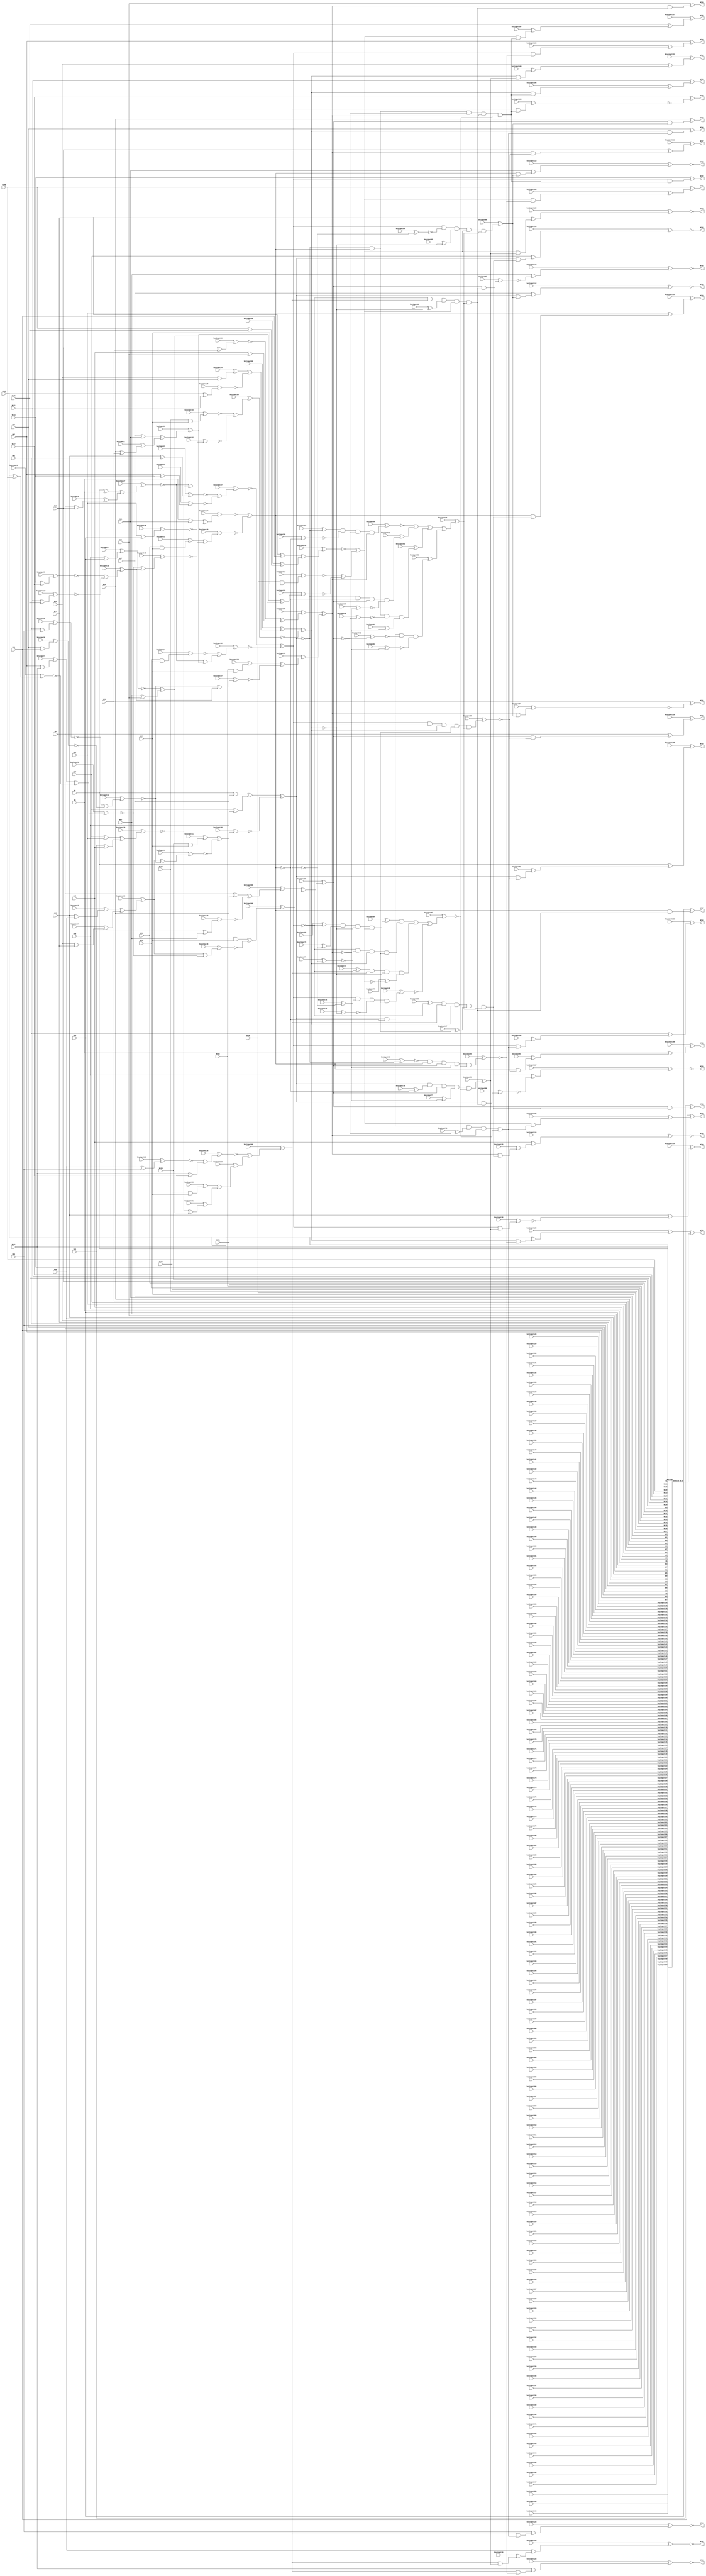
`timescale 1ns / 1ps
// Verilog
// c499
// Ninputs 41
// Noutputs 32
// NtotalGates 202
// XOR2 104
// AND2 40
// NOT1 40
// AND4 8
// OR4 2
// AND5 8

module top (N1,N5,N9,N13,N17,N21,N25,N29,N33,N37,
             N41,N45,N49,N53,N57,N61,N65,N69,N73,N77,
             N81,N85,N89,N93,N97,N101,N105,N109,N113,N117,
             N121,N125,N129,N130,N131,N132,N133,N134,N135,N136,
             N137,N724,N725,N726,N727,N728,N729,N730,N731,N732,
             N733,N734,N735,N736,N737,N738,N739,N740,N741,N742,
             N743,N744,N745,N746,N747,N748,N749,N750,N751,N752,
                  N753,N754,N755,
        keyinput0, keyinput1, keyinput2, keyinput3, keyinput4,
        keyinput5, keyinput6, keyinput7, keyinput8, keyinput9,
        keyinput10, keyinput11, keyinput12, keyinput13, keyinput14,
        keyinput15, keyinput16, keyinput17, keyinput18, keyinput19,
        keyinput20, keyinput21, keyinput22, keyinput23, keyinput24,
        keyinput25, keyinput26, keyinput27, keyinput28, keyinput29,
        keyinput30, keyinput31, keyinput32, keyinput33, keyinput34,
        keyinput35, keyinput36, keyinput37, keyinput38, keyinput39,
        keyinput40, keyinput41, keyinput42, keyinput43, keyinput44,
        keyinput45, keyinput46, keyinput47, keyinput48, keyinput49,
        keyinput50, keyinput51, keyinput52, keyinput53, keyinput54,
        keyinput55, keyinput56, keyinput57, keyinput58, keyinput59,
        keyinput60, keyinput61, keyinput62, keyinput63, keyinput64,
        keyinput65, keyinput66, keyinput67, keyinput68, keyinput69,
        keyinput70, keyinput71, keyinput72, keyinput73, keyinput74,
        keyinput75, keyinput76, keyinput77, keyinput78, keyinput79,
        keyinput80, keyinput81, keyinput82, keyinput83, keyinput84,
        keyinput85, keyinput86, keyinput87, keyinput88, keyinput89,
        keyinput90, keyinput91, keyinput92, keyinput93, keyinput94,
        keyinput95, keyinput96, keyinput97, keyinput98, keyinput99,
        keyinput100, keyinput101, keyinput102, keyinput103, keyinput104,
        keyinput105, keyinput106, keyinput107, keyinput108, keyinput109,
        keyinput110, keyinput111, keyinput112, keyinput113, keyinput114,
        keyinput115, keyinput116, keyinput117, keyinput118, keyinput119,
        keyinput120, keyinput121, keyinput122, keyinput123, keyinput124,
                  keyinput125, keyinput126, keyinput127,
        keyinput128, keyinput129, keyinput130, keyinput131, keyinput132,
        keyinput133, keyinput134, keyinput135, keyinput136, keyinput137,
        keyinput138, keyinput139, keyinput140, keyinput141, keyinput142,
        keyinput143, keyinput144, keyinput145, keyinput146, keyinput147,
        keyinput148, keyinput149, keyinput150, keyinput151, keyinput152,
        keyinput153, keyinput154, keyinput155, keyinput156, keyinput157,
        keyinput158, keyinput159, keyinput160, keyinput161, keyinput162,
        keyinput163, keyinput164, keyinput165, keyinput166, keyinput167,
        keyinput168, keyinput169, keyinput170, keyinput171, keyinput172,
        keyinput173, keyinput174, keyinput175, keyinput176, keyinput177,
        keyinput178, keyinput179, keyinput180, keyinput181, keyinput182,
        keyinput183, keyinput184, keyinput185, keyinput186, keyinput187,
        keyinput188, keyinput189, keyinput190, keyinput191, keyinput192,
        keyinput193, keyinput194, keyinput195, keyinput196, keyinput197,
        keyinput198, keyinput199, keyinput200, keyinput201, keyinput202,
        keyinput203, keyinput204, keyinput205, keyinput206, keyinput207,
                  keyinput208, keyinput209,
        keyinput210, keyinput211, keyinput212, keyinput213, keyinput214,
        keyinput215, keyinput216, keyinput217, keyinput218, keyinput219,
        keyinput220, keyinput221, keyinput222, keyinput223, keyinput224,
        keyinput225, keyinput226, keyinput227, keyinput228, keyinput229,
        keyinput230, keyinput231, keyinput232, keyinput233, keyinput234,
        keyinput235, keyinput236, keyinput237, keyinput238, keyinput239,
        keyinput240, keyinput241, keyinput242, keyinput243, keyinput244,
        keyinput245, keyinput246, keyinput247, keyinput248, keyinput249,
        keyinput250);

  input keyinput210, keyinput211, keyinput212, keyinput213, keyinput214;
  input keyinput215, keyinput216, keyinput217, keyinput218, keyinput219;
  input keyinput220, keyinput221, keyinput222, keyinput223, keyinput224;
  input keyinput225, keyinput226, keyinput227, keyinput228, keyinput229;
  input keyinput230, keyinput231, keyinput232, keyinput233, keyinput234;
  input keyinput235, keyinput236, keyinput237, keyinput238, keyinput239;
  input keyinput240, keyinput241, keyinput242, keyinput243, keyinput244;
  input keyinput245, keyinput246, keyinput247, keyinput248, keyinput249;
  input keyinput250;


  input keyinput128, keyinput129, keyinput130, keyinput131, keyinput132;
  input keyinput133, keyinput134, keyinput135, keyinput136, keyinput137;
  input keyinput138, keyinput139, keyinput140, keyinput141, keyinput142;
  input keyinput143, keyinput144, keyinput145, keyinput146, keyinput147;
  input keyinput148, keyinput149, keyinput150, keyinput151, keyinput152;
  input keyinput153, keyinput154, keyinput155, keyinput156, keyinput157;
  input keyinput158, keyinput159, keyinput160, keyinput161, keyinput162;
  input keyinput163, keyinput164, keyinput165, keyinput166, keyinput167;
  input keyinput168, keyinput169, keyinput170, keyinput171, keyinput172;
  input keyinput173, keyinput174, keyinput175, keyinput176, keyinput177;
  input keyinput178, keyinput179, keyinput180, keyinput181, keyinput182;
  input keyinput183, keyinput184, keyinput185, keyinput186, keyinput187;
  input keyinput188, keyinput189, keyinput190, keyinput191, keyinput192;
  input keyinput193, keyinput194, keyinput195, keyinput196, keyinput197;
  input keyinput198, keyinput199, keyinput200, keyinput201, keyinput202;
  input keyinput203, keyinput204, keyinput205, keyinput206, keyinput207;
  input keyinput208, keyinput209;

  wire KeyWire_0_1 , KeyWire_0_2;

  input keyinput0, keyinput1, keyinput2, keyinput3, keyinput4;
  input keyinput5, keyinput6, keyinput7, keyinput8, keyinput9;
  input keyinput10, keyinput11, keyinput12, keyinput13, keyinput14;
  input keyinput15, keyinput16, keyinput17, keyinput18, keyinput19;
  input keyinput20, keyinput21, keyinput22, keyinput23, keyinput24;
  input keyinput25, keyinput26, keyinput27, keyinput28, keyinput29;
  input keyinput30, keyinput31, keyinput32, keyinput33, keyinput34;
  input keyinput35, keyinput36, keyinput37, keyinput38, keyinput39;
  input keyinput40, keyinput41, keyinput42, keyinput43, keyinput44;
  input keyinput45, keyinput46, keyinput47, keyinput48, keyinput49;
  input keyinput50, keyinput51, keyinput52, keyinput53, keyinput54;
  input keyinput55, keyinput56, keyinput57, keyinput58, keyinput59;
  input keyinput60, keyinput61, keyinput62, keyinput63, keyinput64;
  input keyinput65, keyinput66, keyinput67, keyinput68, keyinput69;
  input keyinput70, keyinput71, keyinput72, keyinput73, keyinput74;
  input keyinput75, keyinput76, keyinput77, keyinput78, keyinput79;
  input keyinput80, keyinput81, keyinput82, keyinput83, keyinput84;
  input keyinput85, keyinput86, keyinput87, keyinput88, keyinput89;
  input keyinput90, keyinput91, keyinput92, keyinput93, keyinput94;
  input keyinput95, keyinput96, keyinput97, keyinput98, keyinput99;
  input keyinput100, keyinput101, keyinput102, keyinput103, keyinput104;
  input keyinput105, keyinput106, keyinput107, keyinput108, keyinput109;
  input keyinput110, keyinput111, keyinput112, keyinput113, keyinput114;
  input keyinput115, keyinput116, keyinput117, keyinput118, keyinput119;
  input keyinput120, keyinput121, keyinput122, keyinput123, keyinput124;
  input keyinput125, keyinput126, keyinput127;

  wire [0:127] keyinput_Wire_0;
  wire [0:70] KeyNOTWire_0;

input N1,N5,N9,N13,N17,N21,N25,N29,N33,N37,
      N41,N45,N49,N53,N57,N61,N65,N69,N73,N77,
      N81,N85,N89,N93,N97,N101,N105,N109,N113,N117,
      N121,N125,N129,N130,N131,N132,N133,N134,N135,N136,
      N137;

output N724,N725,N726,N727,N728,N729,N730,N731,N732,N733,
       N734,N735,N736,N737,N738,N739,N740,N741,N742,N743,
       N744,N745,N746,N747,N748,N749,N750,N751,N752,N753,
       N754,N755;

wire N250,N251,N252,N253,N254,N255,N256,N257,N258,N259,
     N260,N261,N262,N263,N264,N265,N266,N267,N268,N269,
     N270,N271,N272,N273,N274,N275,N276,N277,N278,N279,
     N280,N281,N282,N283,N284,N285,N286,N287,N288,N289,
     N290,N293,N296,N299,N302,N305,N308,N311,N314,N315,
     N316,N317,N318,N319,N320,N321,N338,N339,N340,N341,
     N342,N343,N344,N345,N346,N347,N348,N349,N350,N351,
     N352,N353,N354,N367,N380,N393,N406,N419,N432,N445,
     N554,N555,N556,N557,N558,N559,N560,N561,N562,N563,
     N564,N565,N566,N567,N568,N569,N570,N571,N572,N573,
     N574,N575,N576,N577,N578,N579,N580,N581,N582,N583,
     N584,N585,N586,N587,N588,N589,N590,N591,N592,N593,
     N594,N595,N596,N597,N598,N599,N600,N601,N602,N607,
     N620,N625,N630,N635,N640,N645,N650,N655,N692,N693,
     N694,N695,N696,N697,N698,N699,N700,N701,N702,N703,
     N704,N705,N706,N707,N708,N709,N710,N711,N712,N713,
     N714,N715,N716,N717,N718,N719,N720,N721,N722,N723;

xor XOR2_1 (N250, N1, N5);
  xor XOR2_2 (keyinput_Wire_0[0], N9, N13);
  xnor keyGate_0_0(KeyNOTWire_0[0], keyinput0, keyinput_Wire_0[0]);
  not KeyNOTGate_0_0(N251, KeyNOTWire_0[0]);
xor XOR2_3 (N252, N17, N21);
  xor XOR2_4 (keyinput_Wire_0[1], N25, N29);
  xnor keyGate_0_1(KeyNOTWire_0[1], keyinput1, keyinput_Wire_0[1]);
  not KeyNOTGate_0_1(N253, KeyNOTWire_0[1]);
xor XOR2_5 (N254, N33, N37);
xor XOR2_6 (N255, N41, N45);
  xor XOR2_7 (keyinput_Wire_0[2], N49, N53);
  xor keyGate_0_2(KeyNOTWire_0[2], keyinput2, keyinput_Wire_0[2]);
  not KeyNOTGate_0_2(N256, KeyNOTWire_0[2]);
xor XOR2_8 (N257, N57, N61);
  xor XOR2_9 (keyinput_Wire_0[3], N65, N69);
  xnor keyGate_0_3(KeyNOTWire_0[3], keyinput3, keyinput_Wire_0[3]);
  not KeyNOTGate_0_3(N258, KeyNOTWire_0[3]);
  xor XOR2_10 (keyinput_Wire_0[4], N73, N77);
  xnor keyGate_0_4(KeyNOTWire_0[4], keyinput4, keyinput_Wire_0[4]);
  not KeyNOTGate_0_4(N259, KeyNOTWire_0[4]);
  xor XOR2_11 (keyinput_Wire_0[5], N81, N85);
  xor keyGate_0_5(KeyNOTWire_0[5], keyinput5, keyinput_Wire_0[5]);
  not KeyNOTGate_0_5(N260, KeyNOTWire_0[5]);
  xor XOR2_12 (keyinput_Wire_0[6], N89, N93);
  xnor keyGate_0_6(N261, keyinput6, keyinput_Wire_0[6]);
  xor XOR2_13 (keyinput_Wire_0[7], N97, N101);
  xor keyGate_0_7(N262, keyinput7, keyinput_Wire_0[7]);
  xor XOR2_14 (keyinput_Wire_0[8], N105, N109);
  xnor keyGate_0_8(N263, keyinput8, keyinput_Wire_0[8]);
  xor XOR2_15 (keyinput_Wire_0[9], N113, N117);
  xnor keyGate_0_9(N264, keyinput9, keyinput_Wire_0[9]);
  xor XOR2_16 (keyinput_Wire_0[10], N121, N125);
  xor keyGate_0_10(KeyNOTWire_0[6], keyinput10, keyinput_Wire_0[10]);
  not KeyNOTGate_0_6(N265, KeyNOTWire_0[6]);
  and AND2_17 (keyinput_Wire_0[11], N129, N137);
  xnor keyGate_0_11(KeyNOTWire_0[7], keyinput11, keyinput_Wire_0[11]);
  not KeyNOTGate_0_7(N266, KeyNOTWire_0[7]);
  and AND2_18 (keyinput_Wire_0[12], N130, N137);
  xnor keyGate_0_12(KeyNOTWire_0[8], keyinput12, keyinput_Wire_0[12]);
  not KeyNOTGate_0_8(N267, KeyNOTWire_0[8]);
and AND2_19 (N268, N131, N137);
  and AND2_20 (keyinput_Wire_0[13], N132, N137);
  xnor keyGate_0_13(KeyNOTWire_0[9], keyinput13, keyinput_Wire_0[13]);
  not KeyNOTGate_0_9(N269, KeyNOTWire_0[9]);
  and AND2_21 (keyinput_Wire_0[14], N133, N137);
  xor keyGate_0_14(KeyNOTWire_0[10], keyinput14, keyinput_Wire_0[14]);
  not KeyNOTGate_0_10(N270, KeyNOTWire_0[10]);
  and AND2_22 (keyinput_Wire_0[15], N134, N137);
  xor keyGate_0_15(N271, keyinput15, keyinput_Wire_0[15]);
  and AND2_23 (keyinput_Wire_0[16], N135, N137);
  xor keyGate_0_16(KeyNOTWire_0[11], keyinput16, keyinput_Wire_0[16]);
  not KeyNOTGate_0_11(N272, KeyNOTWire_0[11]);
  and AND2_24 (keyinput_Wire_0[17], N136, N137);
  xnor keyGate_0_17(N273, keyinput17, keyinput_Wire_0[17]);
xor XOR2_25 (N274, N1, N17);
xor XOR2_26 (N275, N33, N49);
xor XOR2_27 (N276, N5, N21);
  xor XOR2_28 (keyinput_Wire_0[18], N37, N53);
  xnor keyGate_0_18(N277, keyinput18, keyinput_Wire_0[18]);
xor XOR2_29 (N278, N9, N25);
  xor XOR2_30 (keyinput_Wire_0[19], N41, N57);
  xor keyGate_0_19(KeyNOTWire_0[12], keyinput19, keyinput_Wire_0[19]);
  not KeyNOTGate_0_12(N279, KeyNOTWire_0[12]);
  xor XOR2_31 (keyinput_Wire_0[20], N13, N29);
  xor keyGate_0_20(KeyNOTWire_0[13], keyinput20, keyinput_Wire_0[20]);
  not KeyNOTGate_0_13(N280, KeyNOTWire_0[13]);
xor XOR2_32 (N281, N45, N61);
  xor XOR2_33 (keyinput_Wire_0[21], N65, N81);
  xnor keyGate_0_21(N282, keyinput21, keyinput_Wire_0[21]);
  xor XOR2_34 (keyinput_Wire_0[22], N97, N113);
  xor keyGate_0_22(KeyNOTWire_0[14], keyinput22, keyinput_Wire_0[22]);
  not KeyNOTGate_0_14(N283, KeyNOTWire_0[14]);
  xor XOR2_35 (keyinput_Wire_0[23], N69, N85);
  xor keyGate_0_23(KeyNOTWire_0[15], keyinput23, keyinput_Wire_0[23]);
  not KeyNOTGate_0_15(N284, KeyNOTWire_0[15]);
xor XOR2_36 (N285, N101, N117);
  xor XOR2_37 (keyinput_Wire_0[24], N73, N89);
  xor keyGate_0_24(N286, keyinput24, keyinput_Wire_0[24]);
  xor XOR2_38 (keyinput_Wire_0[25], N105, N121);
  xnor keyGate_0_25(N287, keyinput25, keyinput_Wire_0[25]);
xor XOR2_39 (N288, N77, N93);
  xor XOR2_40 (keyinput_Wire_0[26], N109, N125);
  xnor keyGate_0_26(KeyNOTWire_0[16], keyinput26, keyinput_Wire_0[26]);
  not KeyNOTGate_0_16(N289, KeyNOTWire_0[16]);
  xor XOR2_41 (keyinput_Wire_0[27], N250, N251);
  xor keyGate_0_27(KeyNOTWire_0[17], keyinput27, keyinput_Wire_0[27]);
  not KeyNOTGate_0_17(N290, KeyNOTWire_0[17]);
  xor XOR2_42 (keyinput_Wire_0[28], N252, N253);
  xnor keyGate_0_28(KeyNOTWire_0[18], keyinput28, keyinput_Wire_0[28]);
  not KeyNOTGate_0_18(N293, KeyNOTWire_0[18]);
  xor XOR2_43 (keyinput_Wire_0[29], N254, N255);
  xnor keyGate_0_29(N296, keyinput29, keyinput_Wire_0[29]);
xor XOR2_44 (N299, N256, N257);
  xor XOR2_45 (keyinput_Wire_0[30], N258, N259);
  xor keyGate_0_30(N302, keyinput30, keyinput_Wire_0[30]);
  xor XOR2_46 (keyinput_Wire_0[31], N260, N261);
  xnor keyGate_0_31(N305, keyinput31, keyinput_Wire_0[31]);
  xor XOR2_47 (keyinput_Wire_0[32], N262, N263);
  xnor keyGate_0_32(N308, keyinput32, keyinput_Wire_0[32]);
  xor XOR2_48 (keyinput_Wire_0[33], N264, N265);
  xor keyGate_0_33(N311, keyinput33, keyinput_Wire_0[33]);
xor XOR2_49 (N314, N274, N275);
  xor XOR2_50 (keyinput_Wire_0[34], N276, N277);
  xnor keyGate_0_34(N315, keyinput34, keyinput_Wire_0[34]);
  xor XOR2_51 (keyinput_Wire_0[35], N278, N279);
  xnor keyGate_0_35(KeyNOTWire_0[19], keyinput35, keyinput_Wire_0[35]);
  not KeyNOTGate_0_19(N316, KeyNOTWire_0[19]);
  xor XOR2_52 (keyinput_Wire_0[36], N280, N281);
  xnor keyGate_0_36(KeyNOTWire_0[20], keyinput36, keyinput_Wire_0[36]);
  not KeyNOTGate_0_20(N317, KeyNOTWire_0[20]);
  xor XOR2_53 (keyinput_Wire_0[37], N282, N283);
  xor keyGate_0_37(KeyNOTWire_0[21], keyinput37, keyinput_Wire_0[37]);
  not KeyNOTGate_0_21(N318, KeyNOTWire_0[21]);
  xor XOR2_54 (keyinput_Wire_0[38], N284, N285);
  xnor keyGate_0_38(N319, keyinput38, keyinput_Wire_0[38]);
  xor XOR2_55 (keyinput_Wire_0[39], N286, N287);
  xor keyGate_0_39(N320, keyinput39, keyinput_Wire_0[39]);
  xor XOR2_56 (keyinput_Wire_0[40], N288, N289);
  xor keyGate_0_40(KeyNOTWire_0[22], keyinput40, keyinput_Wire_0[40]);
  not KeyNOTGate_0_22(N321, KeyNOTWire_0[22]);
xor XOR2_57 (N338, N290, N293);
  xor XOR2_58 (keyinput_Wire_0[41], N296, N299);
  xor keyGate_0_41(N339, keyinput41, keyinput_Wire_0[41]);
  xor XOR2_59 (keyinput_Wire_0[42], N290, N296);
  xor keyGate_0_42(KeyNOTWire_0[23], keyinput42, keyinput_Wire_0[42]);
  not KeyNOTGate_0_23(N340, KeyNOTWire_0[23]);
  xor XOR2_60 (keyinput_Wire_0[43], N293, N299);
  xor keyGate_0_43(KeyNOTWire_0[24], keyinput43, keyinput_Wire_0[43]);
  not KeyNOTGate_0_24(N341, KeyNOTWire_0[24]);
  xor XOR2_61 (keyinput_Wire_0[44], N302, N305);
  xor keyGate_0_44(KeyNOTWire_0[25], keyinput44, keyinput_Wire_0[44]);
  not KeyNOTGate_0_25(N342, KeyNOTWire_0[25]);
  xor XOR2_62 (keyinput_Wire_0[45], N308, N311);
  xnor keyGate_0_45(N343, keyinput45, keyinput_Wire_0[45]);
  xor XOR2_63 (keyinput_Wire_0[46], N302, N308);
  xor keyGate_0_46(KeyNOTWire_0[26], keyinput46, keyinput_Wire_0[46]);
  not KeyNOTGate_0_26(N344, KeyNOTWire_0[26]);
  xor XOR2_64 (keyinput_Wire_0[47], N305, N311);
  xor keyGate_0_47(KeyNOTWire_0[27], keyinput47, keyinput_Wire_0[47]);
  not KeyNOTGate_0_27(N345, KeyNOTWire_0[27]);
  xor XOR2_65 (keyinput_Wire_0[48], N266, N342);
  xor keyGate_0_48(KeyNOTWire_0[28], keyinput48, keyinput_Wire_0[48]);
  not KeyNOTGate_0_28(N346, KeyNOTWire_0[28]);
  xor XOR2_66 (keyinput_Wire_0[49], N267, N343);
  xnor keyGate_0_49(N347, keyinput49, keyinput_Wire_0[49]);
  xor XOR2_67 (keyinput_Wire_0[50], N268, N344);
  xnor keyGate_0_50(KeyNOTWire_0[29], keyinput50, keyinput_Wire_0[50]);
  not KeyNOTGate_0_29(N348, KeyNOTWire_0[29]);
  xor XOR2_68 (keyinput_Wire_0[51], N269, N345);
  xor keyGate_0_51(N349, keyinput51, keyinput_Wire_0[51]);
  xor XOR2_69 (keyinput_Wire_0[52], N270, N338);
  xnor keyGate_0_52(N350, keyinput52, keyinput_Wire_0[52]);
  xor XOR2_70 (keyinput_Wire_0[53], N271, N339);
  xnor keyGate_0_53(KeyNOTWire_0[30], keyinput53, keyinput_Wire_0[53]);
  not KeyNOTGate_0_30(N351, KeyNOTWire_0[30]);
  xor XOR2_71 (keyinput_Wire_0[54], N272, N340);
  xor keyGate_0_54(KeyNOTWire_0[31], keyinput54, keyinput_Wire_0[54]);
  not KeyNOTGate_0_31(N352, KeyNOTWire_0[31]);
xor XOR2_72 (N353, N273, N341);
xor XOR2_73 (N354, N314, N346);
xor XOR2_74 (N367, N315, N347);
  xor XOR2_75 (keyinput_Wire_0[55], N316, N348);
  xor keyGate_0_55(N380, keyinput55, keyinput_Wire_0[55]);
xor XOR2_76 (N393, N317, N349);
xor XOR2_77 (N406, N318, N350);
  xor XOR2_78 (keyinput_Wire_0[56], N319, N351);
  xnor keyGate_0_56(KeyNOTWire_0[32], keyinput56, keyinput_Wire_0[56]);
  not KeyNOTGate_0_32(N419, KeyNOTWire_0[32]);
xor XOR2_79 (N432, N320, N352);
xor XOR2_80 (N445, N321, N353);
  not NOT1_81 (keyinput_Wire_0[57], N354);
  xnor keyGate_0_57(KeyNOTWire_0[33], keyinput57, keyinput_Wire_0[57]);
  not KeyNOTGate_0_33(N554, KeyNOTWire_0[33]);
  not NOT1_82 (keyinput_Wire_0[58], N367);
  xnor keyGate_0_58(N555, keyinput58, keyinput_Wire_0[58]);
not NOT1_83 (N556, N380);
not NOT1_84 (N557, N354);
not NOT1_85 (N558, N367);
  not NOT1_86 (keyinput_Wire_0[59], N393);
  xor keyGate_0_59(KeyNOTWire_0[34], keyinput59, keyinput_Wire_0[59]);
  not KeyNOTGate_0_34(N559, KeyNOTWire_0[34]);
not NOT1_87 (N560, N354);
  not NOT1_88 (keyinput_Wire_0[60], N380);
  xor keyGate_0_60(KeyNOTWire_0[35], keyinput60, keyinput_Wire_0[60]);
  not KeyNOTGate_0_35(N561, KeyNOTWire_0[35]);
  not NOT1_89 (keyinput_Wire_0[61], N393);
  xnor keyGate_0_61(KeyNOTWire_0[36], keyinput61, keyinput_Wire_0[61]);
  not KeyNOTGate_0_36(N562, KeyNOTWire_0[36]);
not NOT1_90 (N563, N367);
  not NOT1_91 (keyinput_Wire_0[62], N380);
  xnor keyGate_0_62(N564, keyinput62, keyinput_Wire_0[62]);
  not NOT1_92 (keyinput_Wire_0[63], N393);
  xnor keyGate_0_63(N565, keyinput63, keyinput_Wire_0[63]);
not NOT1_93 (N566, N419);
not NOT1_94 (N567, N445);
  not NOT1_95 (keyinput_Wire_0[64], N419);
  xor keyGate_0_64(KeyNOTWire_0[37], keyinput64, keyinput_Wire_0[64]);
  not KeyNOTGate_0_37(N568, KeyNOTWire_0[37]);
  not NOT1_96 (keyinput_Wire_0[65], N432);
  xnor keyGate_0_65(KeyNOTWire_0[38], keyinput65, keyinput_Wire_0[65]);
  not KeyNOTGate_0_38(N569, KeyNOTWire_0[38]);
  not NOT1_97 (keyinput_Wire_0[66], N406);
  xnor keyGate_0_66(KeyNOTWire_0[39], keyinput66, keyinput_Wire_0[66]);
  not KeyNOTGate_0_39(N570, KeyNOTWire_0[39]);
  not NOT1_98 (keyinput_Wire_0[67], N445);
  xor keyGate_0_67(N571, keyinput67, keyinput_Wire_0[67]);
not NOT1_99 (N572, N406);
  not NOT1_100 (keyinput_Wire_0[68], N432);
  xnor keyGate_0_68(KeyNOTWire_0[40], keyinput68, keyinput_Wire_0[68]);
  not KeyNOTGate_0_40(N573, KeyNOTWire_0[40]);
  not NOT1_101 (keyinput_Wire_0[69], N406);
  xor keyGate_0_69(N574, keyinput69, keyinput_Wire_0[69]);
  not NOT1_102 (keyinput_Wire_0[70], N419);
  xor keyGate_0_70(N575, keyinput70, keyinput_Wire_0[70]);
not NOT1_103 (N576, N432);
not NOT1_104 (N577, N406);
  not NOT1_105 (keyinput_Wire_0[71], N419);
  xor keyGate_0_71(KeyNOTWire_0[41], keyinput71, keyinput_Wire_0[71]);
  not KeyNOTGate_0_41(N578, KeyNOTWire_0[41]);
not NOT1_106 (N579, N445);
  not NOT1_107 (keyinput_Wire_0[72], N406);
  xnor keyGate_0_72(KeyNOTWire_0[42], keyinput72, keyinput_Wire_0[72]);
  not KeyNOTGate_0_42(N580, KeyNOTWire_0[42]);
not NOT1_108 (N581, N432);
  not NOT1_109 (keyinput_Wire_0[73], N445);
  xor keyGate_0_73(N582, keyinput73, keyinput_Wire_0[73]);
  not NOT1_110 (keyinput_Wire_0[74], N419);
  xor keyGate_0_74(N583, keyinput74, keyinput_Wire_0[74]);
  not NOT1_111 (keyinput_Wire_0[75], N432);
  xnor keyGate_0_75(N584, keyinput75, keyinput_Wire_0[75]);
not NOT1_112 (N585, N445);
  not NOT1_113 (keyinput_Wire_0[76], N367);
  xnor keyGate_0_76(KeyNOTWire_0[43], keyinput76, keyinput_Wire_0[76]);
  not KeyNOTGate_0_43(N586, KeyNOTWire_0[43]);
  not NOT1_114 (keyinput_Wire_0[77], N393);
  xnor keyGate_0_77(KeyNOTWire_0[44], keyinput77, keyinput_Wire_0[77]);
  not KeyNOTGate_0_44(N587, KeyNOTWire_0[44]);
not NOT1_115 (N588, N367);
  not NOT1_116 (keyinput_Wire_0[78], N380);
  xor keyGate_0_78(N589, keyinput78, keyinput_Wire_0[78]);
  not NOT1_117 (keyinput_Wire_0[79], N354);
  xnor keyGate_0_79(N590, keyinput79, keyinput_Wire_0[79]);
not NOT1_118 (N591, N393);
not NOT1_119 (N592, N354);
not NOT1_120 (N593, N380);
  and AND4_121 (keyinput_Wire_0[80], N554, N555, N556, N393);
  xor keyGate_0_80(KeyNOTWire_0[45], keyinput80, keyinput_Wire_0[80]);
  not KeyNOTGate_0_45(N594, KeyNOTWire_0[45]);
  and AND4_122 (keyinput_Wire_0[81], N557, N558, N380, N559);
  xnor keyGate_0_81(KeyNOTWire_0[46], keyinput81, keyinput_Wire_0[81]);
  not KeyNOTGate_0_46(N595, KeyNOTWire_0[46]);
  and AND4_123 (keyinput_Wire_0[82], N560, N367, N561, N562);
  xor keyGate_0_82(N596, keyinput82, keyinput_Wire_0[82]);
  and AND4_124 (keyinput_Wire_0[83], N354, N563, N564, N565);
  xor keyGate_0_83(N597, keyinput83, keyinput_Wire_0[83]);
  and AND4_125 (keyinput_Wire_0[84], N574, N575, N576, N445);
  xnor keyGate_0_84(KeyNOTWire_0[47], keyinput84, keyinput_Wire_0[84]);
  not KeyNOTGate_0_47(N598, KeyNOTWire_0[47]);
and AND4_126 (N599, N577, N578, N432, N579);
and AND4_127 (N600, N580, N419, N581, N582);
  and AND4_128 (keyinput_Wire_0[85], N406, N583, N584, N585);
  xor keyGate_0_85(KeyNOTWire_0[48], keyinput85, keyinput_Wire_0[85]);
  not KeyNOTGate_0_48(N601, KeyNOTWire_0[48]);
  or OR4_129 (keyinput_Wire_0[86], N594, N595, N596, N597);
  xnor keyGate_0_86(KeyNOTWire_0[49], keyinput86, keyinput_Wire_0[86]);
  not KeyNOTGate_0_49(N602, KeyNOTWire_0[49]);
  or OR4_130 (keyinput_Wire_0[87], N598, N599, N600, N601);
  xor keyGate_0_87(KeyNOTWire_0[50], keyinput87, keyinput_Wire_0[87]);
  not KeyNOTGate_0_50(N607, KeyNOTWire_0[50]);
  and AND5_131 (keyinput_Wire_0[88], N406, N566, N432, N567, N602);
  xor keyGate_0_88(KeyNOTWire_0[51], keyinput88, keyinput_Wire_0[88]);
  not KeyNOTGate_0_51(N620, KeyNOTWire_0[51]);
  and AND5_132 (keyinput_Wire_0[89], N406, N568, N569, N445, N602);
  xnor keyGate_0_89(KeyNOTWire_0[52], keyinput89, keyinput_Wire_0[89]);
  not KeyNOTGate_0_52(N625, KeyNOTWire_0[52]);
and AND5_133 (N630, N570, N419, N432, N571, N602);
and AND5_134 (N635, N572, N419, N573, N445, N602);
  and AND5_135 (keyinput_Wire_0[90], N354, N586, N380, N587, N607);
  xnor keyGate_0_90(KeyNOTWire_0[53], keyinput90, keyinput_Wire_0[90]);
  not KeyNOTGate_0_53(N640, KeyNOTWire_0[53]);
and AND5_136 (N645, N354, N588, N589, N393, N607);
  and AND5_137 (keyinput_Wire_0[91], N590, N367, N380, N591, N607);
  xnor keyGate_0_91(N650, keyinput91, keyinput_Wire_0[91]);
and AND5_138 (N655, N592, N367, N593, N393, N607);
  and AND2_139 (keyinput_Wire_0[92], N354, N620);
  xor keyGate_0_92(N692, keyinput92, keyinput_Wire_0[92]);
  and AND2_140 (keyinput_Wire_0[93], N367, N620);
  xnor keyGate_0_93(KeyNOTWire_0[54], keyinput93, keyinput_Wire_0[93]);
  not KeyNOTGate_0_54(N693, KeyNOTWire_0[54]);
and AND2_141 (N694, N380, N620);
and AND2_142 (N695, N393, N620);
and AND2_143 (N696, N354, N625);
and AND2_144 (N697, N367, N625);
and AND2_145 (N698, N380, N625);
  and AND2_146 (keyinput_Wire_0[94], N393, N625);
  xor keyGate_0_94(KeyNOTWire_0[55], keyinput94, keyinput_Wire_0[94]);
  not KeyNOTGate_0_55(N699, KeyNOTWire_0[55]);
and AND2_147 (N700, N354, N630);
and AND2_148 (N701, N367, N630);
and AND2_149 (N702, N380, N630);
  and AND2_150 (keyinput_Wire_0[95], N393, N630);
  xor keyGate_0_95(N703, keyinput95, keyinput_Wire_0[95]);
  and AND2_151 (keyinput_Wire_0[96], N354, N635);
  xor keyGate_0_96(KeyNOTWire_0[56], keyinput96, keyinput_Wire_0[96]);
  not KeyNOTGate_0_56(N704, KeyNOTWire_0[56]);
and AND2_152 (N705, N367, N635);
  and AND2_153 (keyinput_Wire_0[97], N380, N635);
  xnor keyGate_0_97(N706, keyinput97, keyinput_Wire_0[97]);
and AND2_154 (N707, N393, N635);
  and AND2_155 (keyinput_Wire_0[98], N406, N640);
  xor keyGate_0_98(KeyNOTWire_0[57], keyinput98, keyinput_Wire_0[98]);
  not KeyNOTGate_0_57(N708, KeyNOTWire_0[57]);
  and AND2_156 (keyinput_Wire_0[99], N419, N640);
  xor keyGate_0_99(N709, keyinput99, keyinput_Wire_0[99]);
  and AND2_157 (keyinput_Wire_0[100], N432, N640);
  xor keyGate_0_100(N710, keyinput100, keyinput_Wire_0[100]);
and AND2_158 (N711, N445, N640);
  and AND2_159 (keyinput_Wire_0[101], N406, N645);
  xnor keyGate_0_101(KeyNOTWire_0[58], keyinput101, keyinput_Wire_0[101]);
  not KeyNOTGate_0_58(N712, KeyNOTWire_0[58]);
and AND2_160 (N713, N419, N645);
and AND2_161 (N714, N432, N645);
  and AND2_162 (keyinput_Wire_0[102], N445, N645);
  xor keyGate_0_102(N715, keyinput102, keyinput_Wire_0[102]);
  and AND2_163 (keyinput_Wire_0[103], N406, N650);
  xor keyGate_0_103(N716, keyinput103, keyinput_Wire_0[103]);
and AND2_164 (N717, N419, N650);
and AND2_165 (N718, N432, N650);
  and AND2_166 (keyinput_Wire_0[104], N445, N650);
  xor keyGate_0_104(N719, keyinput104, keyinput_Wire_0[104]);
and AND2_167 (N720, N406, N655);
  and AND2_168 (keyinput_Wire_0[105], N419, N655);
  xor keyGate_0_105(KeyNOTWire_0[59], keyinput105, keyinput_Wire_0[105]);
  not KeyNOTGate_0_59(N721, KeyNOTWire_0[59]);
  and AND2_169 (keyinput_Wire_0[106], N432, N655);
  xnor keyGate_0_106(KeyNOTWire_0[60], keyinput106, keyinput_Wire_0[106]);
  not KeyNOTGate_0_60(N722, KeyNOTWire_0[60]);
  and AND2_170 (keyinput_Wire_0[107], N445, N655);
  xor keyGate_0_107(N723, keyinput107, keyinput_Wire_0[107]);
  xor XOR2_171 (keyinput_Wire_0[108], N1, N692);
  xor keyGate_0_108(N724, keyinput108, keyinput_Wire_0[108]);
  xor XOR2_172 (keyinput_Wire_0[109], N5, N693);
  xnor keyGate_0_109(KeyNOTWire_0[61], keyinput109, keyinput_Wire_0[109]);
  not KeyNOTGate_0_61(N725, KeyNOTWire_0[61]);
  xor XOR2_173 (keyinput_Wire_0[110], N9, N694);
  xnor keyGate_0_110(KeyNOTWire_0[62], keyinput110, keyinput_Wire_0[110]);
  not KeyNOTGate_0_62(N726, KeyNOTWire_0[62]);
  xor XOR2_174 (keyinput_Wire_0[111], N13, N695);
  xor keyGate_0_111(N727, keyinput111, keyinput_Wire_0[111]);
  xor XOR2_175 (keyinput_Wire_0[112], N17, N696);
  xor keyGate_0_112(KeyNOTWire_0[63], keyinput112, keyinput_Wire_0[112]);
  not KeyNOTGate_0_63(N728, KeyNOTWire_0[63]);
  xor XOR2_176 (keyinput_Wire_0[113], N21, N697);
  xor keyGate_0_113(KeyNOTWire_0[64], keyinput113, keyinput_Wire_0[113]);
  not KeyNOTGate_0_64(N729, KeyNOTWire_0[64]);
xor XOR2_177 (N730, N25, N698);
xor XOR2_178 (N731, N29, N699);
  xor XOR2_179 (keyinput_Wire_0[114], N33, N700);
  xnor keyGate_0_114(N732, keyinput114, keyinput_Wire_0[114]);
  xor XOR2_180 (keyinput_Wire_0[115], N37, N701);
  xnor keyGate_0_115(KeyNOTWire_0[65], keyinput115, keyinput_Wire_0[115]);
  not KeyNOTGate_0_65(N733, KeyNOTWire_0[65]);
xor XOR2_181 (N734, N41, N702);
  xor XOR2_182 (keyinput_Wire_0[116], N45, N703);
  xnor keyGate_0_116(N735, keyinput116, keyinput_Wire_0[116]);
  xor XOR2_183 (keyinput_Wire_0[117], N49, N704);
  xnor keyGate_0_117(N736, keyinput117, keyinput_Wire_0[117]);
xor XOR2_184 (N737, N53, N705);
  xor XOR2_185 (keyinput_Wire_0[118], N57, N706);
  xnor keyGate_0_118(N738, keyinput118, keyinput_Wire_0[118]);
xor XOR2_186 (N739, N61, N707);
  xor XOR2_187 (keyinput_Wire_0[119], N65, N708);
  xor keyGate_0_119(N740, keyinput119, keyinput_Wire_0[119]);
  xor XOR2_188 (keyinput_Wire_0[120], N69, N709);
  xor keyGate_0_120(KeyNOTWire_0[66], keyinput120, keyinput_Wire_0[120]);
  not KeyNOTGate_0_66(N741, KeyNOTWire_0[66]);
  xor XOR2_189 (keyinput_Wire_0[121], N73, N710);
  xnor keyGate_0_121(KeyNOTWire_0[67], keyinput121, keyinput_Wire_0[121]);
  not KeyNOTGate_0_67(N742, KeyNOTWire_0[67]);
  xor XOR2_190 (keyinput_Wire_0[122], N77, N711);
  xnor keyGate_0_122(N743, keyinput122, keyinput_Wire_0[122]);
  xor XOR2_191 (keyinput_Wire_0[123], N81, N712);
  xnor keyGate_0_123(KeyNOTWire_0[68], keyinput123, keyinput_Wire_0[123]);
  not KeyNOTGate_0_68(N744, KeyNOTWire_0[68]);
  xor XOR2_192 (keyinput_Wire_0[124], N85, N713);
  xor keyGate_0_124(KeyNOTWire_0[69], keyinput124, keyinput_Wire_0[124]);
  not KeyNOTGate_0_69(N745, KeyNOTWire_0[69]);
xor XOR2_193 (N746, N89, N714);
xor XOR2_194 (N747, N93, N715);
xor XOR2_195 (N748, N97, N716);
  xor XOR2_196 (keyinput_Wire_0[125], N101, N717);
  xnor keyGate_0_125(N749, keyinput125, keyinput_Wire_0[125]);
  xor XOR2_197 (keyinput_Wire_0[126], N105, N718);
  xnor keyGate_0_126(KeyNOTWire_0[70], keyinput126, keyinput_Wire_0[126]);
  not KeyNOTGate_0_70(KeyWire_0_1, KeyNOTWire_0[70]);
  xor flip_it (N750, KeyWire_0_1, KeyWire_0_2 );
xor XOR2_198 (N751, N109, N719);
xor XOR2_199 (N752, N113, N720);
xor XOR2_200 (N753, N117, N721);
xor XOR2_201 (N754, N121, N722);
  xor XOR2_202 (keyinput_Wire_0[127], N125, N723);
  xor keyGate_0_127(N755, keyinput127, keyinput_Wire_0[127]);

AntiSAT some_name( KeyWire_0_2, N61, N137, N117, N129, N45, N125, N101, N37, N134, N105, N81, N136, N130, N29, N1, N41, N13, N53, N109, N69, N73, N85, N5, N131, N93, N49, N133, N89, N21, N33, N57, N113, N77, N65, N135, N25, N121, N132, N17, N97, N9, keyinput128, keyinput129, keyinput130, keyinput131, keyinput132, keyinput133, keyinput134, keyinput135, keyinput136, keyinput137, keyinput138, keyinput139, keyinput140, keyinput141, keyinput142, keyinput143, keyinput144, keyinput145, keyinput146, keyinput147, keyinput148, keyinput149, keyinput150, keyinput151, keyinput152, keyinput153, keyinput154, keyinput155, keyinput156, keyinput157, keyinput158, keyinput159, keyinput160, keyinput161, keyinput162, keyinput163, keyinput164, keyinput165, keyinput166, keyinput167, keyinput168, keyinput169, keyinput170, keyinput171, keyinput172, keyinput173, keyinput174, keyinput175, keyinput176, keyinput177, keyinput178, keyinput179, keyinput180, keyinput181, keyinput182, keyinput183, keyinput184, keyinput185, keyinput186, keyinput187, keyinput188, keyinput189, keyinput190, keyinput191, keyinput192, keyinput193, keyinput194, keyinput195, keyinput196, keyinput197, keyinput198, keyinput199, keyinput200, keyinput201, keyinput202, keyinput203, keyinput204, keyinput205, keyinput206, keyinput207, keyinput208, keyinput209,
       keyinput210, keyinput211, keyinput212, keyinput213, keyinput214,
       keyinput215, keyinput216, keyinput217, keyinput218, keyinput219,
       keyinput220, keyinput221, keyinput222, keyinput223, keyinput224,
       keyinput225, keyinput226, keyinput227, keyinput228, keyinput229,
       keyinput230, keyinput231, keyinput232, keyinput233, keyinput234,
       keyinput235, keyinput236, keyinput237, keyinput238, keyinput239,
       keyinput240, keyinput241, keyinput242, keyinput243, keyinput244,
       keyinput245, keyinput246, keyinput247, keyinput248, keyinput249,
       keyinput250);

endmodule

/*************************************************************************/

module AntiSAT (KeyWire_0_2, N61, N137, N117, N129, N45, N125, N101, N37, N134, N105, N81, N136, N130, N29, N1, N41, N13, N53, N109, N69, N73, N85, N5, N131, N93, N49, N133, N89, N21, N33, N57, N113, N77, N65, N135, N25, N121, N132, N17, N97, N9, keyinput128, keyinput129, keyinput130, keyinput131, keyinput132, keyinput133, keyinput134, keyinput135, keyinput136, keyinput137, keyinput138, keyinput139, keyinput140, keyinput141, keyinput142, keyinput143, keyinput144, keyinput145, keyinput146, keyinput147, keyinput148, keyinput149, keyinput150, keyinput151, keyinput152, keyinput153, keyinput154, keyinput155, keyinput156, keyinput157, keyinput158, keyinput159, keyinput160, keyinput161, keyinput162, keyinput163, keyinput164, keyinput165, keyinput166, keyinput167, keyinput168, keyinput169, keyinput170, keyinput171, keyinput172, keyinput173, keyinput174, keyinput175, keyinput176, keyinput177, keyinput178, keyinput179, keyinput180, keyinput181, keyinput182, keyinput183, keyinput184, keyinput185, keyinput186, keyinput187, keyinput188, keyinput189, keyinput190, keyinput191, keyinput192, keyinput193, keyinput194, keyinput195, keyinput196, keyinput197, keyinput198, keyinput199, keyinput200, keyinput201, keyinput202, keyinput203, keyinput204, keyinput205, keyinput206, keyinput207, keyinput208, keyinput209 ,
        keyinput210, keyinput211, keyinput212, keyinput213, keyinput214,
        keyinput215, keyinput216, keyinput217, keyinput218, keyinput219,
        keyinput220, keyinput221, keyinput222, keyinput223, keyinput224,
        keyinput225, keyinput226, keyinput227, keyinput228, keyinput229,
        keyinput230, keyinput231, keyinput232, keyinput233, keyinput234,
        keyinput235, keyinput236, keyinput237, keyinput238, keyinput239,
        keyinput240, keyinput241, keyinput242, keyinput243, keyinput244,
        keyinput245, keyinput246, keyinput247, keyinput248, keyinput249,
        keyinput250);

  input keyinput210, keyinput211, keyinput212, keyinput213, keyinput214;
  input keyinput215, keyinput216, keyinput217, keyinput218, keyinput219;
  input keyinput220, keyinput221, keyinput222, keyinput223, keyinput224;
  input keyinput225, keyinput226, keyinput227, keyinput228, keyinput229;
  input keyinput230, keyinput231, keyinput232, keyinput233, keyinput234;
  input keyinput235, keyinput236, keyinput237, keyinput238, keyinput239;
  input keyinput240, keyinput241, keyinput242, keyinput243, keyinput244;
  input keyinput245, keyinput246, keyinput247, keyinput248, keyinput249;
  input keyinput250;

  wire [0:40] keyNTin_Wire_1;
  wire [0:17] KeyNOTWire_1;

  input N61, N137, N117, N129, N45, N125, N101, N37, N134, N105, N81, N136, N130, N29, N1, N41, N13, N53, N109, N69, N73, N85, N5, N131, N93, N49, N133, N89, N21, N33, N57, N113, N77, N65, N135, N25, N121, N132, N17, N97, N9;
  input keyinput128, keyinput129, keyinput130, keyinput131, keyinput132, keyinput133, keyinput134, keyinput135, keyinput136, keyinput137, keyinput138, keyinput139, keyinput140, keyinput141, keyinput142, keyinput143, keyinput144, keyinput145, keyinput146, keyinput147, keyinput148, keyinput149, keyinput150, keyinput151, keyinput152, keyinput153, keyinput154, keyinput155, keyinput156, keyinput157, keyinput158, keyinput159, keyinput160, keyinput161, keyinput162, keyinput163, keyinput164, keyinput165, keyinput166, keyinput167, keyinput168, keyinput169, keyinput170, keyinput171, keyinput172, keyinput173, keyinput174, keyinput175, keyinput176, keyinput177, keyinput178, keyinput179, keyinput180, keyinput181, keyinput182, keyinput183, keyinput184, keyinput185, keyinput186, keyinput187, keyinput188, keyinput189, keyinput190, keyinput191, keyinput192, keyinput193, keyinput194, keyinput195, keyinput196, keyinput197, keyinput198, keyinput199, keyinput200, keyinput201, keyinput202, keyinput203, keyinput204, keyinput205, keyinput206, keyinput207, keyinput208, keyinput209;
  output KeyWire_0_2;
  wire newWire_0, newWire_1, newWire_2, newWire_3, newWire_4, newWire_5, newWire_6, newWire_7, newWire_8, newWire_9, newWire_10, newWire_11, newWire_12, newWire_13, newWire_14, newWire_15, newWire_16, newWire_17, newWire_18, newWire_19, newWire_20, newWire_21, newWire_22, newWire_23, newWire_24, newWire_25, newWire_26, newWire_27, newWire_28, newWire_29, newWire_30, newWire_31, newWire_32, newWire_33, newWire_34, newWire_35, newWire_36, newWire_37, newWire_38, newWire_39, newWire_40, newWire_41, newWire_42, newWire_43, newWire_44, newWire_45, newWire_46, newWire_47, newWire_48, newWire_49, newWire_50, newWire_51, newWire_52, newWire_53, newWire_54, newWire_55, newWire_56, newWire_57, newWire_58, newWire_59, newWire_60, newWire_61, newWire_62, newWire_63, newWire_64, newWire_65, newWire_66, newWire_67, newWire_68, newWire_69, newWire_70, newWire_71, newWire_72, newWire_73, newWire_74, newWire_75, newWire_76, newWire_77, newWire_78, newWire_79, newWire_80, newWire_81, newWire_82, newWire_83 ;

  xnor KeyGate0 (newWire_0, N61, keyinput128);
  xnor KeyGate1 (newWire_1, N137, keyinput129);
  xnor KeyGate2 (newWire_2, N117, keyinput130);
  xor  KeyGate3 (keyNTin_Wire_1[0], N129, keyinput131);
  xor keyNTinGate_1_0(newWire_3, keyinput210, keyNTin_Wire_1[0]);
  xnor KeyGate4 (newWire_4, N45, keyinput132);
  xor  KeyGate5 (newWire_5, N125, keyinput133);
  xnor KeyGate6 (newWire_6, N101, keyinput134);
  xor  KeyGate7 (newWire_7, N37, keyinput135);
  xnor KeyGate8 (keyNTin_Wire_1[1], N134, keyinput136);
  xnor keyNTinGate_1_1(KeyNOTWire_1[0], keyinput211, keyNTin_Wire_1[1]);
  not KeyNOTGate_1_0(newWire_8, KeyNOTWire_1[0]);
  xnor KeyGate9 (newWire_9, N105, keyinput137);
  xnor KeyGate10 (keyNTin_Wire_1[2], N81, keyinput138);
  xnor keyNTinGate_1_2(KeyNOTWire_1[1], keyinput212, keyNTin_Wire_1[2]);
  not KeyNOTGate_1_1(newWire_10, KeyNOTWire_1[1]);
  xor  KeyGate11 (newWire_11, N136, keyinput139);
  xor  KeyGate12 (keyNTin_Wire_1[3], N130, keyinput140);
  xnor keyNTinGate_1_3(KeyNOTWire_1[2], keyinput213, keyNTin_Wire_1[3]);
  not KeyNOTGate_1_2(newWire_12, KeyNOTWire_1[2]);
  xor  KeyGate13 (keyNTin_Wire_1[4], N29, keyinput141);
  xor keyNTinGate_1_4(newWire_13, keyinput214, keyNTin_Wire_1[4]);
  xnor KeyGate14 (newWire_14, N1, keyinput142);
  xnor KeyGate15 (newWire_15, N41, keyinput143);
  xnor KeyGate16 (keyNTin_Wire_1[5], N13, keyinput144);
  xor keyNTinGate_1_5(KeyNOTWire_1[3], keyinput215, keyNTin_Wire_1[5]);
  not KeyNOTGate_1_3(newWire_16, KeyNOTWire_1[3]);
  xor  KeyGate17 (newWire_17, N53, keyinput145);
  xor  KeyGate18 (keyNTin_Wire_1[6], N109, keyinput146);
  xnor keyNTinGate_1_6(KeyNOTWire_1[4], keyinput216, keyNTin_Wire_1[6]);
  not KeyNOTGate_1_4(newWire_18, KeyNOTWire_1[4]);
  xnor KeyGate19 (keyNTin_Wire_1[7], N69, keyinput147);
  xnor keyNTinGate_1_7(KeyNOTWire_1[5], keyinput217, keyNTin_Wire_1[7]);
  not KeyNOTGate_1_5(newWire_19, KeyNOTWire_1[5]);
  xor  KeyGate20 (keyNTin_Wire_1[8], N73, keyinput148);
  xnor keyNTinGate_1_8(newWire_20, keyinput218, keyNTin_Wire_1[8]);
  xor  KeyGate21 (newWire_21, N85, keyinput149);
  xor  KeyGate22 (newWire_22, N5, keyinput150);
  xor  KeyGate23 (keyNTin_Wire_1[9], N131, keyinput151);
  xnor keyNTinGate_1_9(KeyNOTWire_1[6], keyinput219, keyNTin_Wire_1[9]);
  not KeyNOTGate_1_6(newWire_23, KeyNOTWire_1[6]);
  xnor KeyGate24 (newWire_24, N93, keyinput152);
  xor  KeyGate25 (keyNTin_Wire_1[10], N49, keyinput153);
  xor keyNTinGate_1_10(KeyNOTWire_1[7], keyinput220, keyNTin_Wire_1[10]);
  not KeyNOTGate_1_7(newWire_25, KeyNOTWire_1[7]);
  xnor KeyGate26 (newWire_26, N133, keyinput154);
  xnor KeyGate27 (newWire_27, N89, keyinput155);
  xor  KeyGate28 (keyNTin_Wire_1[11], N21, keyinput156);
  xnor keyNTinGate_1_11(newWire_28, keyinput221, keyNTin_Wire_1[11]);
  xor  KeyGate29 (keyNTin_Wire_1[12], N33, keyinput157);
  xnor keyNTinGate_1_12(KeyNOTWire_1[8], keyinput222, keyNTin_Wire_1[12]);
  not KeyNOTGate_1_8(newWire_29, KeyNOTWire_1[8]);
  xnor KeyGate30 (newWire_30, N57, keyinput158);
  xor  KeyGate31 (newWire_31, N113, keyinput159);
  xnor KeyGate32 (newWire_32, N77, keyinput160);
  xor  KeyGate33 (newWire_33, N65, keyinput161);
  xor  KeyGate34 (keyNTin_Wire_1[13], N135, keyinput162);
  xnor keyNTinGate_1_13(KeyNOTWire_1[9], keyinput223, keyNTin_Wire_1[13]);
  not KeyNOTGate_1_9(newWire_34, KeyNOTWire_1[9]);
  xor  KeyGate35 (newWire_35, N25, keyinput163);
  xor  KeyGate36 (keyNTin_Wire_1[14], N121, keyinput164);
  xor keyNTinGate_1_14(KeyNOTWire_1[10], keyinput224, keyNTin_Wire_1[14]);
  not KeyNOTGate_1_10(newWire_36, KeyNOTWire_1[10]);
  xnor KeyGate37 (keyNTin_Wire_1[15], N132, keyinput165);
  xor keyNTinGate_1_15(KeyNOTWire_1[11], keyinput225, keyNTin_Wire_1[15]);
  not KeyNOTGate_1_11(newWire_37, KeyNOTWire_1[11]);
  xor  KeyGate38 (newWire_38, N17, keyinput166);
  xnor KeyGate39 (newWire_39, N97, keyinput167);
  xnor KeyGate40 (keyNTin_Wire_1[16], N9, keyinput168);
  xnor keyNTinGate_1_16(newWire_40, keyinput226, keyNTin_Wire_1[16]);
  xnor KeyGate41 (newWire_41, N61, keyinput169);
  xnor KeyGate42 (newWire_42, N137, keyinput170);
  xnor KeyGate43 (keyNTin_Wire_1[17], N117, keyinput171);
  xor keyNTinGate_1_17(KeyNOTWire_1[12], keyinput227, keyNTin_Wire_1[17]);
  not KeyNOTGate_1_12(newWire_43, KeyNOTWire_1[12]);
  xor  KeyGate44 (keyNTin_Wire_1[18], N129, keyinput172);
  xor keyNTinGate_1_18(KeyNOTWire_1[13], keyinput228, keyNTin_Wire_1[18]);
  not KeyNOTGate_1_13(newWire_44, KeyNOTWire_1[13]);
  xnor KeyGate45 (keyNTin_Wire_1[19], N45, keyinput173);
  xnor keyNTinGate_1_19(newWire_45, keyinput229, keyNTin_Wire_1[19]);
  xnor KeyGate46 (newWire_46, N125, keyinput174);
  xnor KeyGate47 (newWire_47, N101, keyinput175);
  xor  KeyGate48 (newWire_48, N37, keyinput176);
  xnor KeyGate49 (newWire_49, N134, keyinput177);
  xor  KeyGate50 (keyNTin_Wire_1[20], N105, keyinput178);
  xnor keyNTinGate_1_20(KeyNOTWire_1[14], keyinput230, keyNTin_Wire_1[20]);
  not KeyNOTGate_1_14(newWire_50, KeyNOTWire_1[14]);
  xor  KeyGate51 (keyNTin_Wire_1[21], N81, keyinput179);
  xor keyNTinGate_1_21(newWire_51, keyinput231, keyNTin_Wire_1[21]);
  xnor KeyGate52 (newWire_52, N136, keyinput180);
  xnor KeyGate53 (keyNTin_Wire_1[22], N130, keyinput181);
  xor keyNTinGate_1_22(newWire_53, keyinput232, keyNTin_Wire_1[22]);
  xor  KeyGate54 (newWire_54, N29, keyinput182);
  xnor KeyGate55 (keyNTin_Wire_1[23], N1, keyinput183);
  xor keyNTinGate_1_23(newWire_55, keyinput233, keyNTin_Wire_1[23]);
  xor  KeyGate56 (keyNTin_Wire_1[24], N41, keyinput184);
  xnor keyNTinGate_1_24(newWire_56, keyinput234, keyNTin_Wire_1[24]);
  xor  KeyGate57 (newWire_57, N13, keyinput185);
  xnor KeyGate58 (keyNTin_Wire_1[25], N53, keyinput186);
  xnor keyNTinGate_1_25(KeyNOTWire_1[15], keyinput235, keyNTin_Wire_1[25]);
  not KeyNOTGate_1_15(newWire_58, KeyNOTWire_1[15]);
  xor  KeyGate59 (keyNTin_Wire_1[26], N109, keyinput187);
  xor keyNTinGate_1_26(newWire_59, keyinput236, keyNTin_Wire_1[26]);
  xor  KeyGate60 (keyNTin_Wire_1[27], N69, keyinput188);
  xnor keyNTinGate_1_27(KeyNOTWire_1[16], keyinput237, keyNTin_Wire_1[27]);
  not KeyNOTGate_1_16(newWire_60, KeyNOTWire_1[16]);
  xnor KeyGate61 (keyNTin_Wire_1[28], N73, keyinput189);
  xnor keyNTinGate_1_28(newWire_61, keyinput238, keyNTin_Wire_1[28]);
  xnor KeyGate62 (keyNTin_Wire_1[29], N85, keyinput190);
  xor keyNTinGate_1_29(newWire_62, keyinput239, keyNTin_Wire_1[29]);
  xor  KeyGate63 (newWire_63, N5, keyinput191);
  xnor KeyGate64 (keyNTin_Wire_1[30], N131, keyinput192);
  xor keyNTinGate_1_30(newWire_64, keyinput240, keyNTin_Wire_1[30]);
  xnor KeyGate65 (newWire_65, N93, keyinput193);
  xnor KeyGate66 (keyNTin_Wire_1[31], N49, keyinput194);
  xnor keyNTinGate_1_31(newWire_66, keyinput241, keyNTin_Wire_1[31]);
  xor  KeyGate67 (newWire_67, N133, keyinput195);
  xnor KeyGate68 (newWire_68, N89, keyinput196);
  xnor KeyGate69 (newWire_69, N21, keyinput197);
  xnor KeyGate70 (keyNTin_Wire_1[32], N33, keyinput198);
  xnor keyNTinGate_1_32(newWire_70, keyinput242, keyNTin_Wire_1[32]);
  xor  KeyGate71 (newWire_71, N57, keyinput199);
  xnor KeyGate72 (keyNTin_Wire_1[33], N113, keyinput200);
  xnor keyNTinGate_1_33(newWire_72, keyinput243, keyNTin_Wire_1[33]);
  xor  KeyGate73 (keyNTin_Wire_1[34], N77, keyinput201);
  xnor keyNTinGate_1_34(newWire_73, keyinput244, keyNTin_Wire_1[34]);
  xor  KeyGate74 (newWire_74, N65, keyinput202);
  xnor KeyGate75 (newWire_75, N135, keyinput203);
  xor  KeyGate76 (keyNTin_Wire_1[35], N25, keyinput204);
  xor keyNTinGate_1_35(newWire_76, keyinput245, keyNTin_Wire_1[35]);
  xnor KeyGate77 (keyNTin_Wire_1[36], N121, keyinput205);
  xor keyNTinGate_1_36(newWire_77, keyinput246, keyNTin_Wire_1[36]);
  xnor KeyGate78 (newWire_78, N132, keyinput206);
  xor  KeyGate79 (keyNTin_Wire_1[37], N17, keyinput207);
  xnor keyNTinGate_1_37(KeyNOTWire_1[17], keyinput247, keyNTin_Wire_1[37]);
  not KeyNOTGate_1_17(newWire_79, KeyNOTWire_1[17]);
  xor  KeyGate80 (keyNTin_Wire_1[38], N97, keyinput208);
  xor keyNTinGate_1_38(newWire_80, keyinput248, keyNTin_Wire_1[38]);
  xor  KeyGate81 (newWire_81, N9, keyinput209);
  and some_function (keyNTin_Wire_1[39], newWire_0, newWire_1, newWire_2, newWire_3, newWire_4, newWire_5, newWire_6, newWire_7, newWire_8, newWire_9, newWire_10, newWire_11, newWire_12, newWire_13, newWire_14, newWire_15, newWire_16, newWire_17, newWire_18, newWire_19, newWire_20, newWire_21, newWire_22, newWire_23, newWire_24, newWire_25, newWire_26, newWire_27, newWire_28, newWire_29, newWire_30, newWire_31, newWire_32, newWire_33, newWire_34, newWire_35, newWire_36, newWire_37, newWire_38, newWire_39, newWire_40 );
  xor keyNTinGate_1_39(newWire_82, keyinput249, keyNTin_Wire_1[39]);
  nand compl_function (newWire_83, newWire_41, newWire_42, newWire_43, newWire_44, newWire_45, newWire_46, newWire_47, newWire_48, newWire_49, newWire_50, newWire_51, newWire_52, newWire_53, newWire_54, newWire_55, newWire_56, newWire_57, newWire_58, newWire_59, newWire_60, newWire_61, newWire_62, newWire_63, newWire_64, newWire_65, newWire_66, newWire_67, newWire_68, newWire_69, newWire_70, newWire_71, newWire_72, newWire_73, newWire_74, newWire_75, newWire_76, newWire_77, newWire_78, newWire_79, newWire_80, newWire_81);
  and finalAND (keyNTin_Wire_1[40], newWire_82, newWire_83);
  xnor keyNTinGate_1_40(KeyWire_0_2, keyinput250, keyNTin_Wire_1[40]);

endmodule /* AntiSAT */